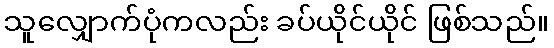
သူလျှောက်ပုံကလည်း ခပ်ယိုင်ယိုင် ဖြစ်သည်။